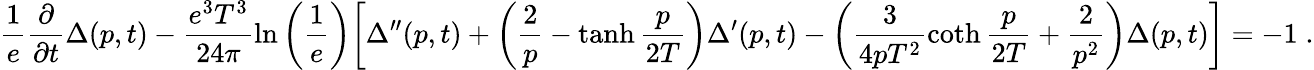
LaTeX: \frac{1}{e}\frac{\partial}{\partial t}\Delta(p,t)-\frac{e^{3}T^{3}}{24\pi}\ln\left(\frac{1}{e}\right)\bigg[\Delta^{\prime\prime}(p,t)+\left(\frac{2}{p}-\operatorname{tanh}\frac{p}{2T}\right)\Delta^{\prime}(p,t)-\left(\frac{3}{4pT^{2}}\coth\frac{p}{2T}+\frac{2}{p^{2}}\right)\Delta(p,t)\bigg]=-1\; .